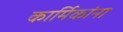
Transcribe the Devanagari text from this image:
कार्मिकांना